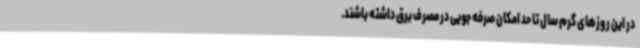
در این روزهای گرم سال تا حد امکان صرفه جویی در مصرف برق داشته باشند.